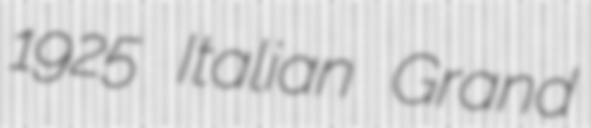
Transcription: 1925 Italian Grand